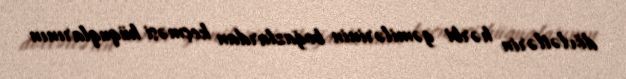
dövlətlərin hərbi gəmilərinin boğazlardan keçməsi hüquqlarının